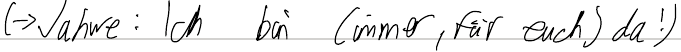
(-> Jahwe: Ich bin (immer, für euch) da!)